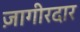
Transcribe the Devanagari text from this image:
ज़ागीरदार